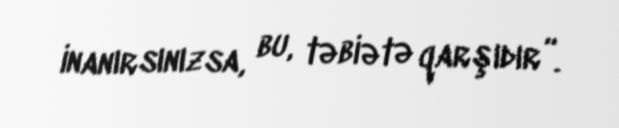
inanırsınızsa, bu, təbiətə qarşıdır”.